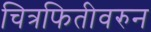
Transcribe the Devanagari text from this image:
चित्रफितीवरुन